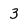
Character: 3